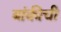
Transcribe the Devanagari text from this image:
बांकीची